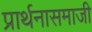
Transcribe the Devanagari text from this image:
प्रार्थनासमाजी